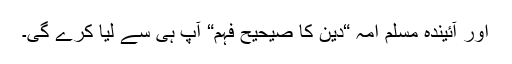
اور آئیندہ مسلم اُمہ “دین کا صیحیح فہم“ آپ ہی سے لیا کرے گی۔